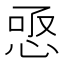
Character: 𢚣